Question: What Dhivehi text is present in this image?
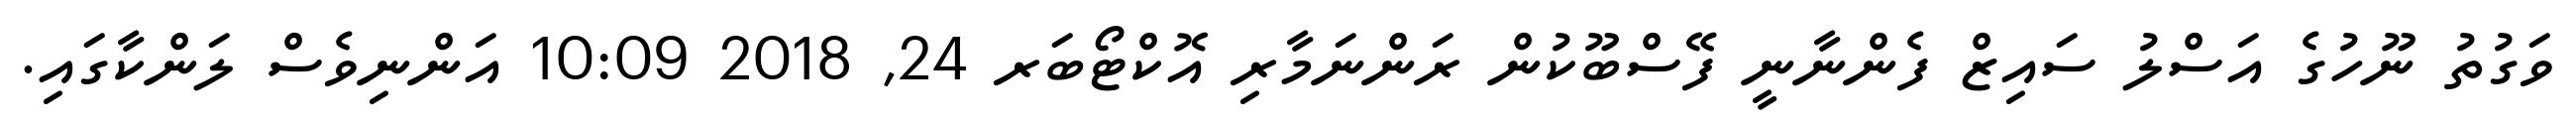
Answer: ވަގުތު ނޫހުގެ އަސްލު ސައިޒް ފެންނާނީ ފޭސްބޫކުން ރަންނަމާރި އޮކްޓޯބަރ 24, 2018 10:09 އަންނިވެސް ލަންކާގައި.